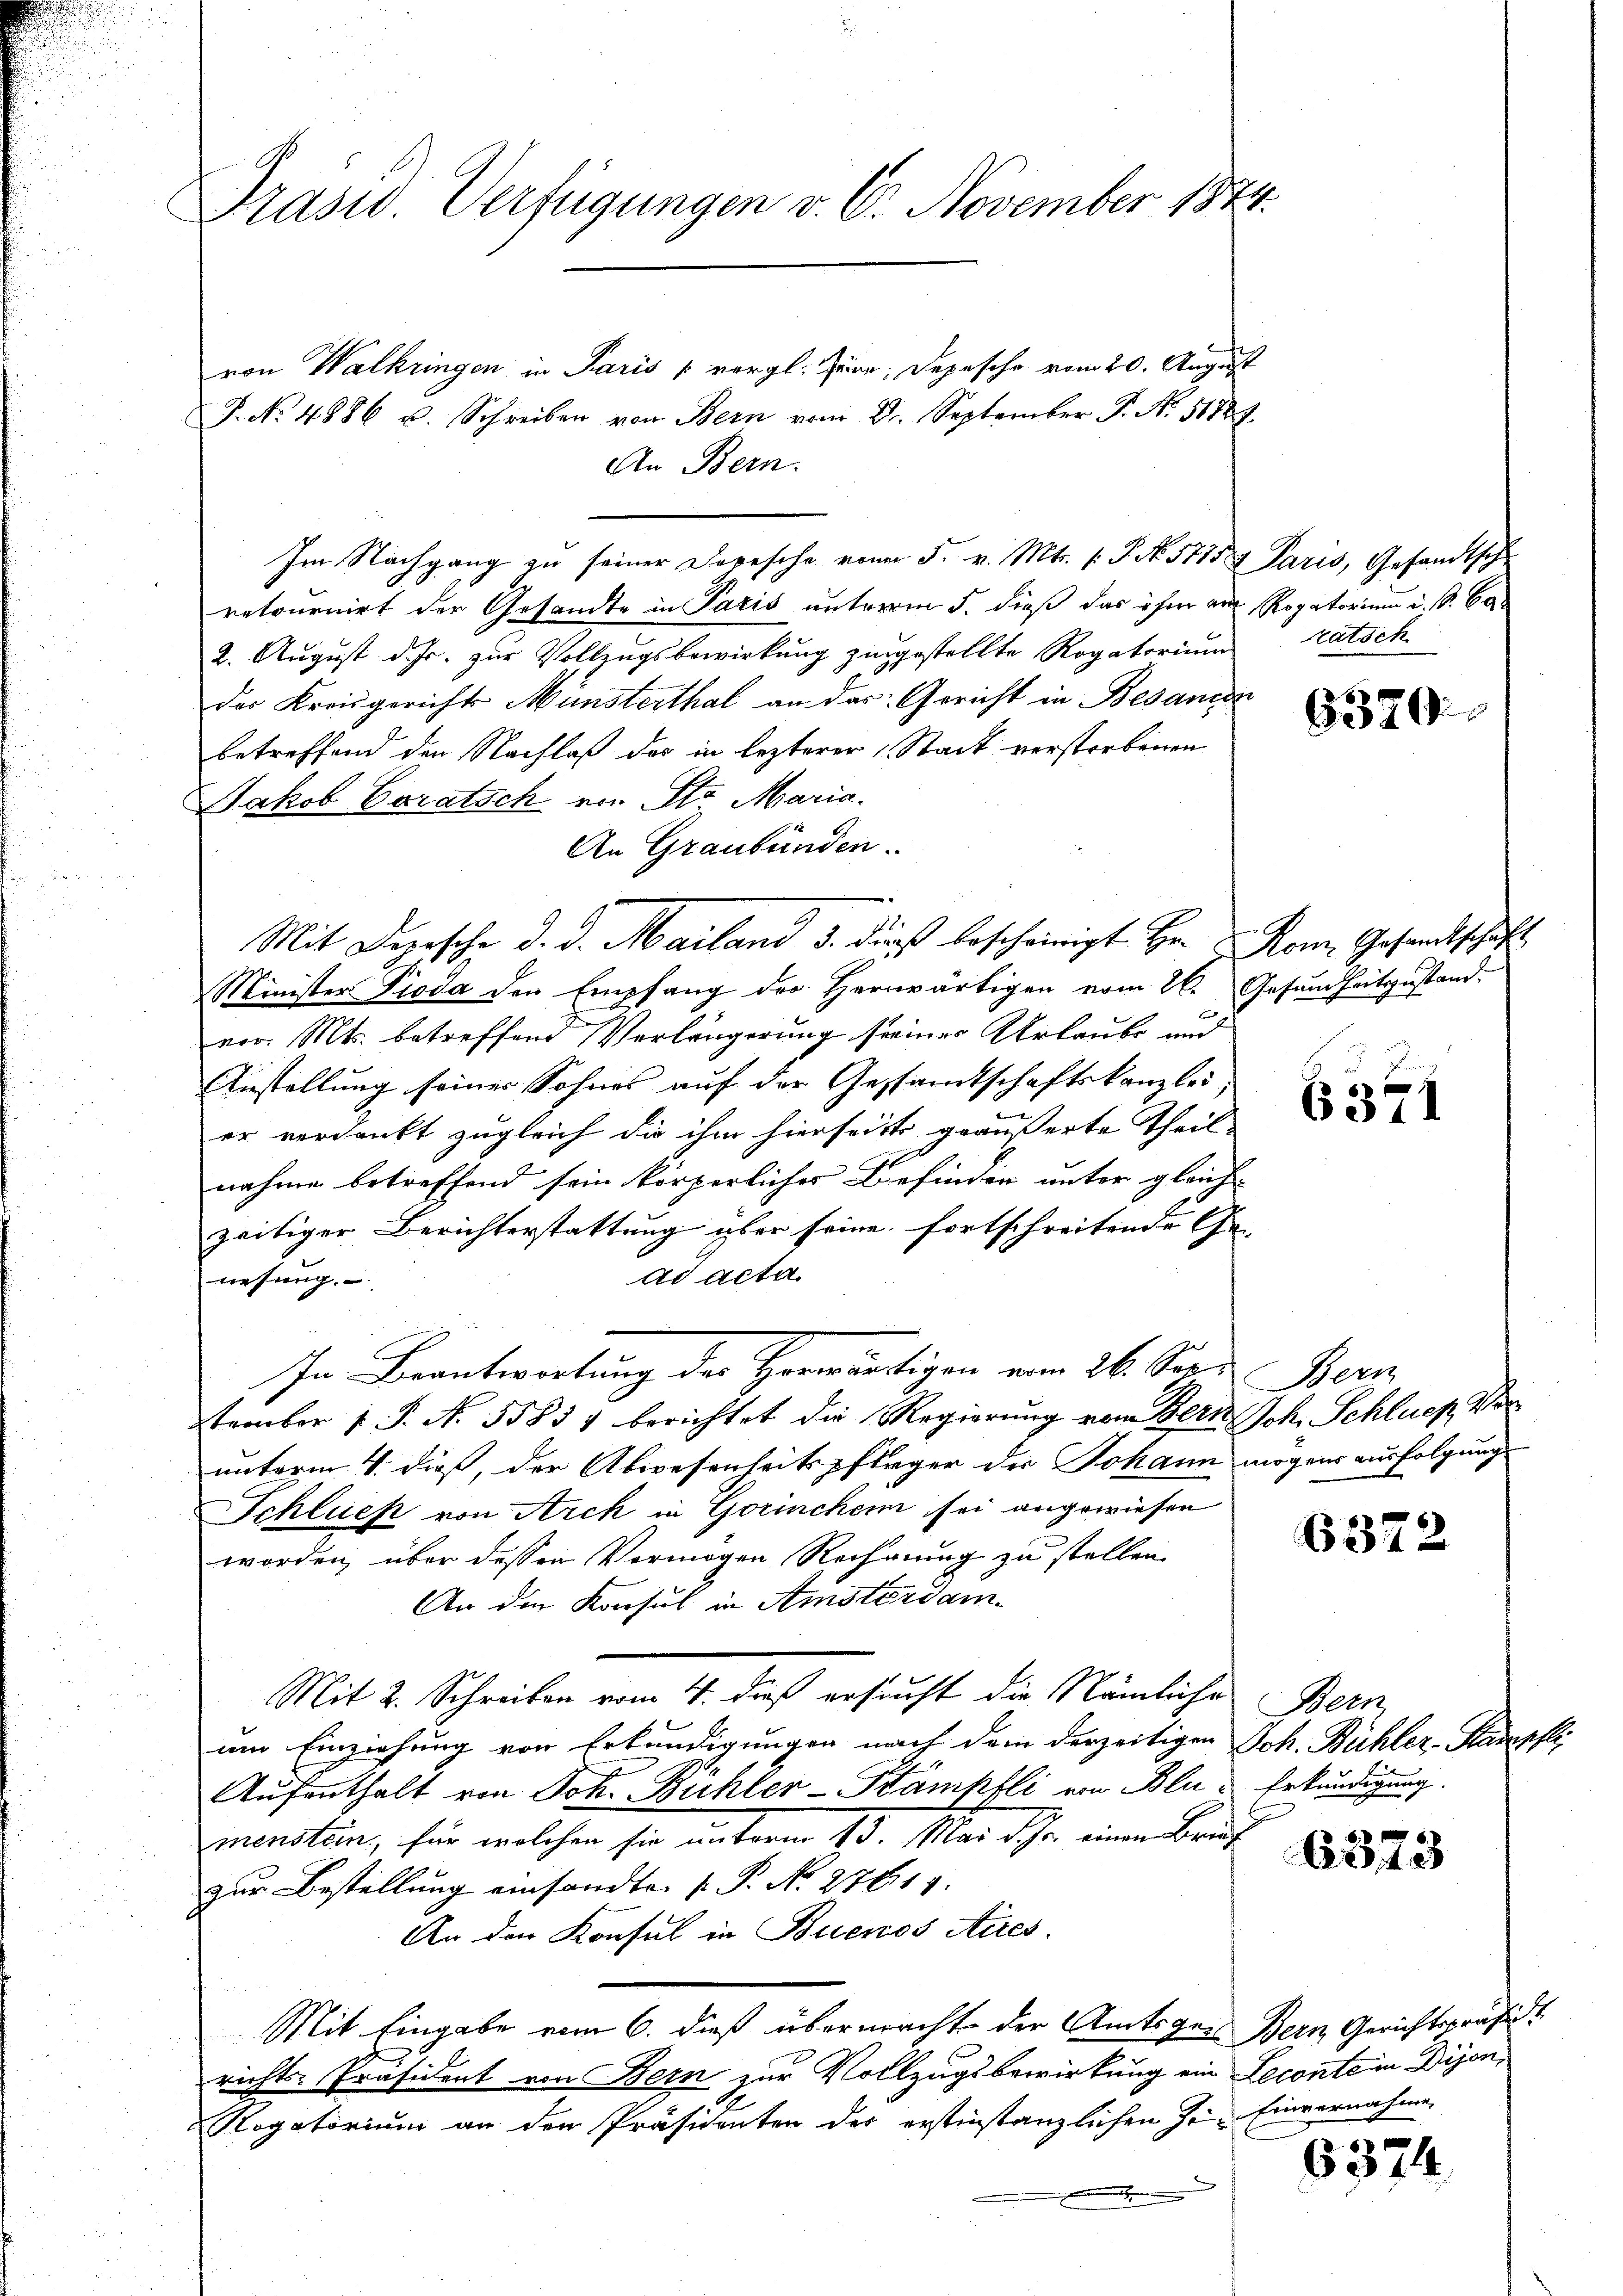
Prasw. Verfügungen v. 6. November 1874.

von Walkringen in Paris vergl. Herr Depesche vom 20. August
F. No. 4886 u. Schreiben von Bern vom 2. September P. Nr. 51827.
An Bern.
Im Nachgang zu seiner Depesche von F. v. Mts. 1. P. No. 5715. Paris, Gesandtsch
retournirt der Gesandte in Paris unterm 5. dieß das ihm am Rogatorium u. S. 60
2. August d. Js. zur Vollzugsbewirkung zugestellte Rogatorium
der Kreisgericht Münsterthal an das Gericht in Besanen
betreffend den Nachlaß des in lezterer Stadt verstorbenen
Jakob Coratsch von Str. Maria.
An Graubünden.
Mit Depesche d. d. Mailand 3. dieß bescheinigt Hr. Rom Gesandtschäft
Minister Pioda der Empfang des Herrwärtigen vom 26. Gesundheitszustand-
u
vor. Mts. betreffend Verlängerung seiner Urlaube und
Anstellung seiner Sohnes auf der Gessandtschaftskanzlei
er verdankt zugleich die ihm hierseits geäußerte Theil
nahme betreffend sein körperliches Befinden unter gleich-
zeitiger Berichterstattung über seine fortschreitende Ge- |
ad acta
nehmig
In Beantwortung des Horwärtigen vom 26. Sep. Beri
tember 1 S. N. 55851 berichtet die Regierung vom Bern Joh. Schlues Vo
unterm 4. dieß, der Abwesenheitspfleger der Johann mögens ausfolgung
Schließ von Arck in Görinchen sei angewiesen
worden, über dessen Vermögen Rechnung zu stellen.
An den Konsul in Amsterdam
Mit 2. Schreiben vom 4. dieß ersucht die Nämliche Bern,
um Einziehung von Erkundigungen nach dem derzeitigen Joh. Bühler-Kadep
Aufenthalt von Joh. Bühler-Kämpfli von Bli? Erkundigung.
menstein, für welchen sie unterm 13. Mai dich einen Bruzur Bestellung einsandte.  P. Nr. 27611.
An den Konsul in Buenos Aires.
Mit Eingabe vom 6. dieß übermachte der Amtsger Bern Gerichtspräsidi
richts-Präsident von Bern zur Vollzugsbewirkung ein Leconte in Dijon¬
Rogatorium an den Präsidenten des erstinstanzlichen Zei- Einvernahme,

Ratsch

6320.

6371

6372.

6373

6374.